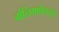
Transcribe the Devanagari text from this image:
बोलिभाषेपासून